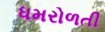
ધમરોળતી